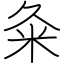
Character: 粂